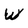
Character: W